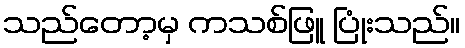
သည်တော့မှ ကသစ်ဖြူ ပြုံးသည်။